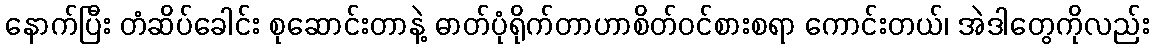
နောက်ပြီး တံဆိပ်ခေါင်း စုဆောင်းတာနဲ့ ဓာတ်ပုံရိုက်တာဟာစိတ်ဝင်စားစရာ ကောင်းတယ်၊ အဲဒါတွေကိုလည်း